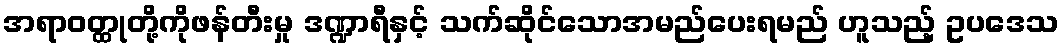
အရာဝတ္ထုတို့ကိုဖန်တီးမှု ဒဏ္ဍာရီနှင့် သက်ဆိုင်သောအမည်ပေးရမည် ဟူသည့် ဥပဒေသ